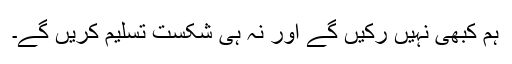
ہم کبھی نہیں رکیں گے اور نہ ہی شکست تسلیم کریں گے۔